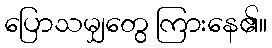
ပြောသမျှတွေ ကြားနေ၏။